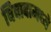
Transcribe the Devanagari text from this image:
विवादामध्ये